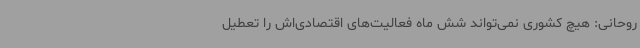
روحانی: هیچ کشوری نمی‌تواند شش ماه فعالیت‌های اقتصادی‌اش را تعطیل